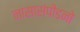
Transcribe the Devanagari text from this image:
नासासंपीडनो